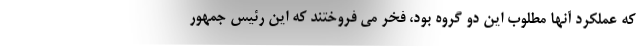
که عملکرد آنها مطلوب این دو گروه بود، فخر می فروختند که این رئیس جمهور